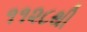
૧૧૨૮થી